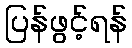
ပြန်ဖွင့်ရန်